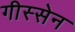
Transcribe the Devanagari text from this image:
गीस्सेन